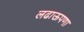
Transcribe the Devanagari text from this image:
लढाऊपणा